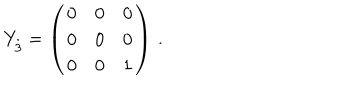
LaTeX: Y _ { \stackrel { . \! . \! . } { 3 } } = \left( \begin{array} { c c c } { { 0 } } & { { 0 } } & { { 0 } } \\ { { 0 } } & { { 0 } } & { { 0 } } \\ { { 0 } } & { { 0 } } & { { 1 } } \\ \end{array} \right) \, .